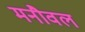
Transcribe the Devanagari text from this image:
मनौवल